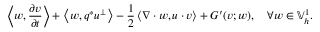
\left\langle w , \frac { \partial v } { \partial t } \right\rangle + \left\langle w , q ^ { * } u ^ { \perp } \right\rangle - \frac { 1 } { 2 } \left\langle \nabla \cdot w , u \cdot v \right\rangle + G ^ { \prime } ( v ; w ) , \quad \forall w \in \mathbb { V } _ { h } ^ { 1 } .